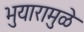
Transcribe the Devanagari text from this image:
भुयारामुळे